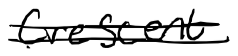
Text: Crescent.
Cross-out: mix
Writing tool: digital_black